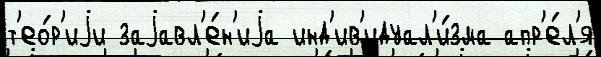
т'ео́р'иjи заjавл'е́н'иjа инд'ив'идуал'и́зма апр'е́л'я